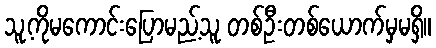
သူ့ကိုမကောင်းပြောမည့်သူ တစ်ဦးတစ်ယောက်မှမရှိ။